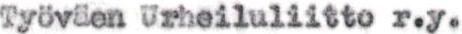
Työväen Urheiluliitto r.y.